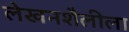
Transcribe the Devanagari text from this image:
लेखनशैलीला